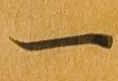
一